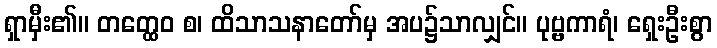
ရှာမှီး၏။ တတ္ထေဝ စ၊ ထိသာသနာတော်မှ အပ၌သာလျှင်။ ပုဗ္ဗကာရံ၊ ရှေးဦးစွာ